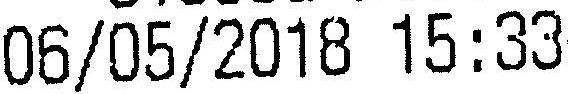
06/05/2018 15:33